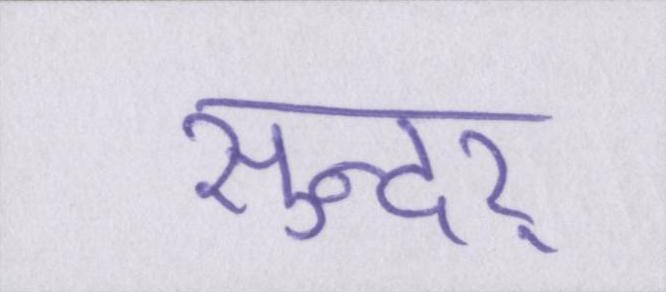
सुन्दर्